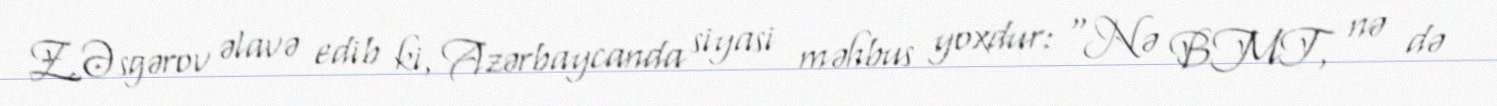
Z.Əsgərov əlavə edib ki, Azərbaycanda siyasi məhbus yoxdur: “Nə BMT, nə də